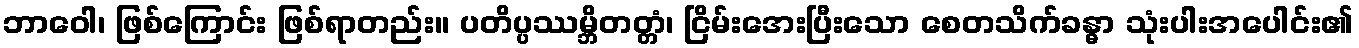
ဘာဝေါ၊ ဖြစ်ကြောင်း ဖြစ်ရာတည်း။ ပတိပ္ပဿမ္ဘိတတ္တံ၊ ငြိမ်းအေးပြီးသော စေတသိက်ခန္ဓာ သုံးပါးအပေါင်း၏